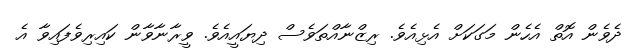
ދެވެން އޮތް އެހެން މަގަކަށް އެޅިއެވެ. ރިޒްނާއްތަވެސް ދިޔައީއެވެ. ވީރާނާވާން ކައިރިވެފައިވާ އެ